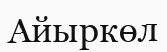
Айыркөл